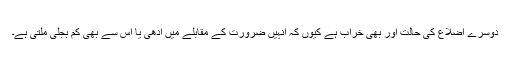
دوسرے اضلاع کی حالت اور بھی خراب ہے کیوں کہ انہیں ضرورت کے مقابلے میں آدھی یا اس سے بھی کم بجلی ملتی ہے۔